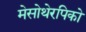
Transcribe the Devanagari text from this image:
मेसोथेरपिको